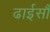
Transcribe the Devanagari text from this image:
ढाईसौ